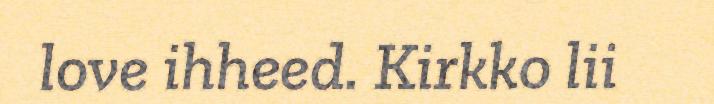
love ihheed. Kirkko lii